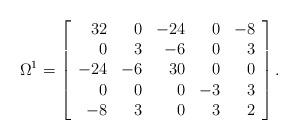
LaTeX: \begin{align*}\Omega^1 =\left[ \begin{array}{rrrrr} 32 & 0 & -24 & 0 & -8 \\ 0 & 3 & -6 & 0 & 3 \\ -24 & -6 & 30 & 0 & 0 \\ 0 & 0 & 0 & -3 & 3 \\ -8 & 3 & 0 & 3 & 2 \end{array} \right].\end{align*}